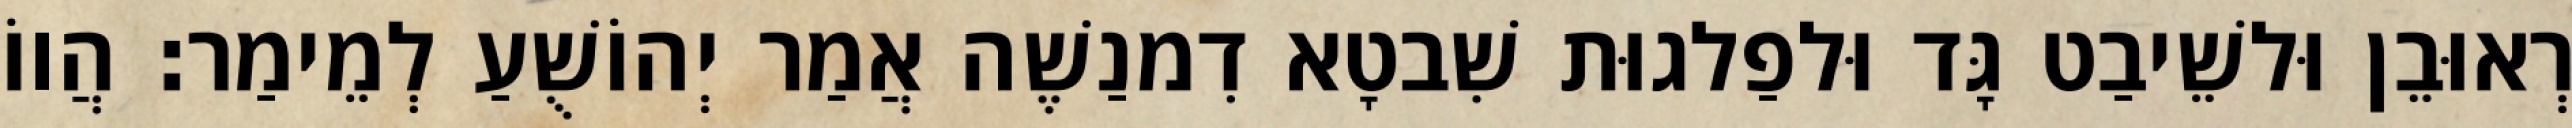
רְאוּבֵן וּלשֵׁיבַט גָּד וּלפַלגוּת שִׁבטָא דִמנַשֶׁה אֲמַר יְהוֹשֻׁעַ לְמֵימַר׃ הֲווֹ